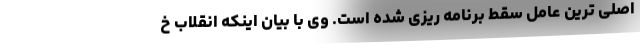
اصلی ترین عامل سقط برنامه ریزی شده است. وی با بیان اینکه انقلاب خ